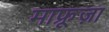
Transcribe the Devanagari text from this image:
माफ्रूज़ा